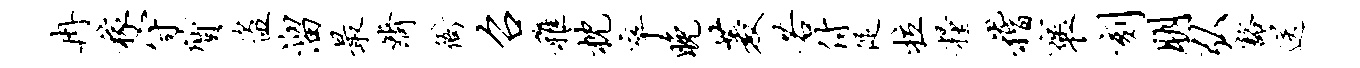
冉稼守质盗溜最济衙召稚枕卒晚菱若付促拉粮稽褒刻朋弘豁送